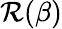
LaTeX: \mathcal{R}(\beta)